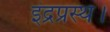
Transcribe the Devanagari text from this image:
इंद्रप्रस्थ।